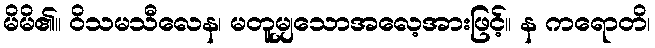
မိမိ၏။ ဝိသမသီလေန၊ မတူမျှသောအလေ့အားဖြင့်။ န ကရောတိ၊